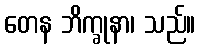
တေန ဘိက္ခုနာ၊ သည်။